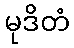
မုဒိတံ